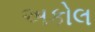
અકોલ